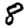
Digit: 8